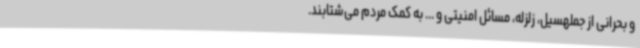
و بحرانی از جملهسیل، زلزله، مسائل امنیتی و ... به کمک مردم می‌شتابند.